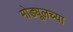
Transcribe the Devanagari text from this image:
मोड्यूलच्या